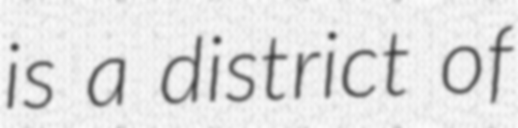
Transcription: is a district of